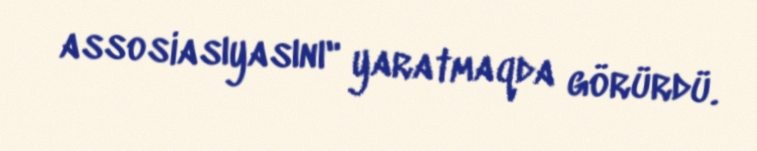
assosiasıyasını" yaratmaqda görürdü.